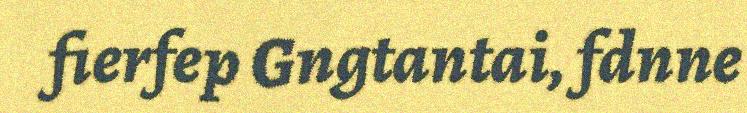
fierfep Gngtantai, fdnne